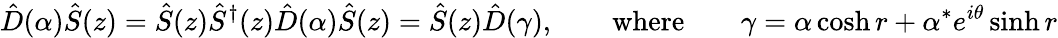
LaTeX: {\hat{D}}(\alpha){\hat{S}}(z)={\hat{S}}(z){\hat{S}}^{\dagger}(z){\hat{D}}(\alpha){\hat{S}}(z)={\hat{S}}(z){\hat{D}}(\gamma),\qquad{\mathrm{where}}\qquad\gamma=\alpha\cosh r+\alpha^{*}e^{i\theta}\sinh r